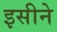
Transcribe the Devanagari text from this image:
इसीने